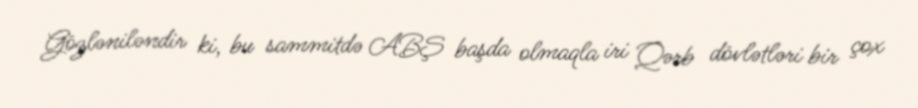
Gözləniləndir ki, bu sammitdə ABŞ başda olmaqla iri Qərb dövlətləri bir çox